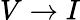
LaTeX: V\rightarrow I